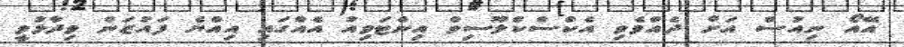
އޭއޯ ނިއުސް އަށް ދެއްވެވި އެކްސްކްލޫސިވް އިންޓަވިއު އެއްގައި އިއްޔެ ފައުޒަން ވިދާޅުވީ